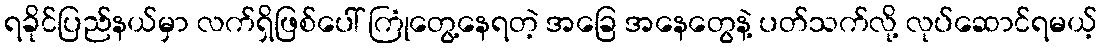
ရခိုင်ပြည်နယ်မှာ လက်ရှိဖြစ်ပေါ် ကြုံတွေ့နေရတဲ့ အခြေ အနေတွေနဲ့ ပတ်သက်လို့ လုပ်ဆောင်ရမယ့်